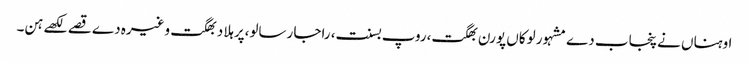
اوہناں نے پنجاب دے مشہور لوکاں پورن بھگت،روپ بسنت، راجا رسالو،پرہلاد بھگت وغیرہ دے قصے لکھے ہن۔